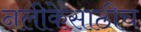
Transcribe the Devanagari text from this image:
नलीकेसाठीच